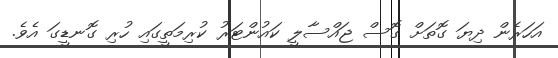
އަހަރެން ދިޔަ ގޮތަށް ގޮސް ޖައްސާލީ ކައުންޓަރު ކުރިމަތީގައި ހުރި ގޮނޑީގަ އެވެ.